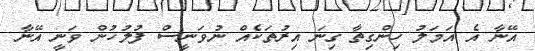
އޭނާ އެ އަމަލު ހިންގިތާ ގިނަ އިރުތަކެއް ނުވަނީސް ފުލުހުން ވަނީ އޭނާ